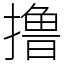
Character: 撸